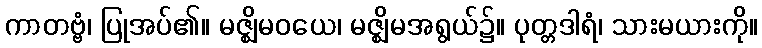
ကာတဗ္ဗံ၊ ပြုအပ်၏။ မဇ္ဈိမဝယေ၊ မဇ္ဈိမအရွယ်၌။ ပုတ္တဒါရံ၊ သားမယားကို။